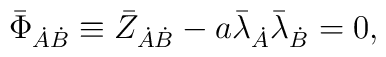
\bar{\Phi}_{\dot{A}\dot{B}} \equiv\bar{Z}_{\dot{A}\dot{B}} - a \bar{\lambda}_{\dot{A}} \bar{\lambda}_{\dot{B}} = 0 ,